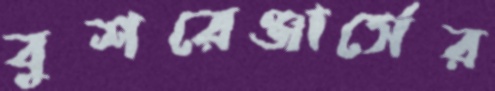
বুশরেঞ্জার্সের